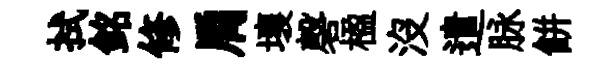
拭銘修肩壤磬楹没遣脉餅